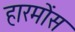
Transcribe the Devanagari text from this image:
हारमोंस